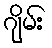
ဂျိမ်း